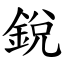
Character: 銳